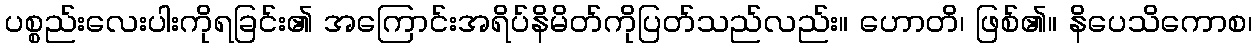
ပစ္စည်းလေးပါးကိုရခြင်း၏ အကြောင်းအရိပ်နိမိတ်ကိုပြတ်သည်လည်း။ ဟောတိ၊ ဖြစ်၏။ နိပေသိကောစ၊